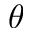
\theta